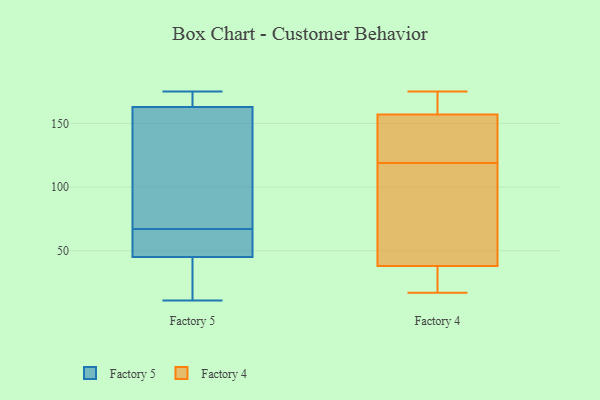
{"axis": {"x": "Market Share (%)", "y": "Value"}, "legend": ["Factory 4", "Factory 5"], "data": [{"x": "", "y": 170, "type": "Factory 5"}, {"x": "", "y": 62, "type": "Factory 5"}, {"x": "", "y": 175, "type": "Factory 5"}, {"x": "", "y": 166, "type": "Factory 5"}, {"x": "", "y": 29, "type": "Factory 5"}, {"x": "", "y": 11, "type": "Factory 5"}, {"x": "", "y": 162, "type": "Factory 5"}, {"x": "", "y": 60, "type": "Factory 5"}, {"x": "", "y": 48, "type": "Factory 5"}, {"x": "", "y": 170, "type": "Factory 5"}, {"x": "", "y": 67, "type": "Factory 5"}, {"x": "", "y": 23, "type": "Factory 5"}, {"x": "", "y": 131, "type": "Factory 5"}, {"x": "", "y": 36, "type": "Factory 5"}, {"x": "", "y": 68, "type": "Factory 5"}, {"x": "", "y": 97, "type": "Factory 5"}, {"x": "", "y": 66, "type": "Factory 5"}, {"x": "", "y": 118, "type": "Factory 4"}, {"x": "", "y": 35, "type": "Factory 4"}, {"x": "", "y": 129, "type": "Factory 4"}, {"x": "", "y": 17, "type": "Factory 4"}, {"x": "", "y": 85, "type": "Factory 4"}, {"x": "", "y": 137, "type": "Factory 4"}, {"x": "", "y": 173, "type": "Factory 4"}, {"x": "", "y": 157, "type": "Factory 4"}, {"x": "", "y": 175, "type": "Factory 4"}, {"x": "", "y": 169, "type": "Factory 4"}, {"x": "", "y": 48, "type": "Factory 4"}, {"x": "", "y": 120, "type": "Factory 4"}, {"x": "", "y": 38, "type": "Factory 4"}, {"x": "", "y": 23, "type": "Factory 4"}]}